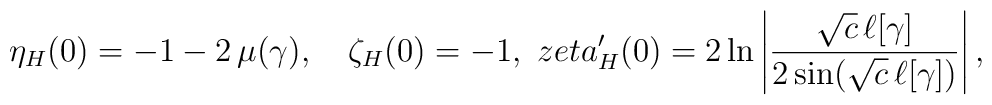
\eta_{H}(0)=-1-2\,\mu(\gamma), \ \ \ \zeta_{H}(0)=-1, \ \ \\zeta_{H}'(0)=2\ln\left|\frac{\sqrt{c}\,\ell[\gamma]}{2\sin(\sqrt{c}\,\ell[\gamma])}\right|,